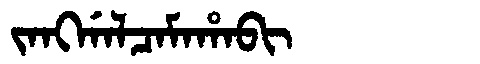
Manchu: ᠵᠠᠩᡤᠠᠯᠴᠠᠮᠠᡥᠠᠪᡳ
Romanization: JANGGALCAMAHABI